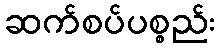
ဆက်စပ်ပစ္စည်း